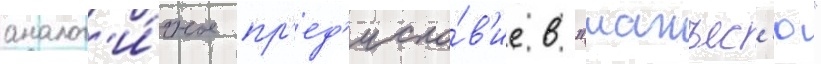
аналог'и́чное пр'ед'исло́в'ие в "манъес'ю"